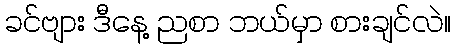
ခင်ဗျား ဒီနေ့ ညစာ ဘယ်မှာ စားချင်လဲ။